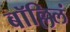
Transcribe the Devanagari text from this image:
बॉल्लिलं